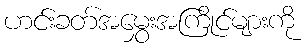
ဟင်းခတ်အမွှေးအကြိုင်များကို